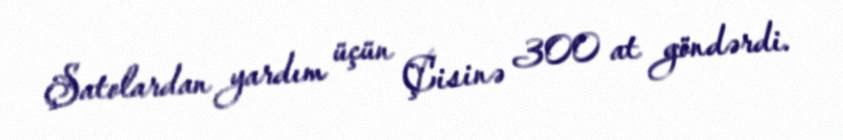
Şatolardan yardım üçün Çisinə 300 at göndərdi.